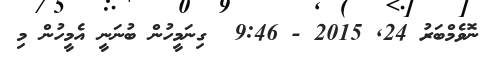
ނޮވެމްބަރު 24